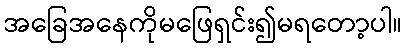
အခြေအနေကိုမဖြေရှင်း၍မရတော့ပါ။